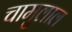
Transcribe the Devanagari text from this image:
चामुलाल